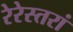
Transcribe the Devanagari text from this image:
रेरेस्तरां